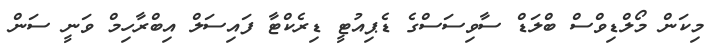
މިކަން މޯލްޑިވްސް ބްލަޑް ސާވިސަސްގެ ޑެޕިއުޓީ ޑިރެކްޓާ ފައިސަލް އިބްރާހިމް ވަނީ ސަން